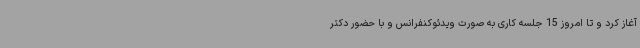
آغاز کرد و تا امروز 15 جلسه کاری به صورت ویدئوکنفرانس و با حضور دکتر